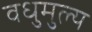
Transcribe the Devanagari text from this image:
वधुमुल्य